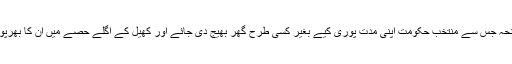
ایک ایسا سانحہ جس سے منتخب حکومت اپنی مدت پوری کیے بغیر کسی طرح گھر بھیج دی جائے اور کھیل کے اگلے حصے میں ان کا بھرپور کردار ہو۔